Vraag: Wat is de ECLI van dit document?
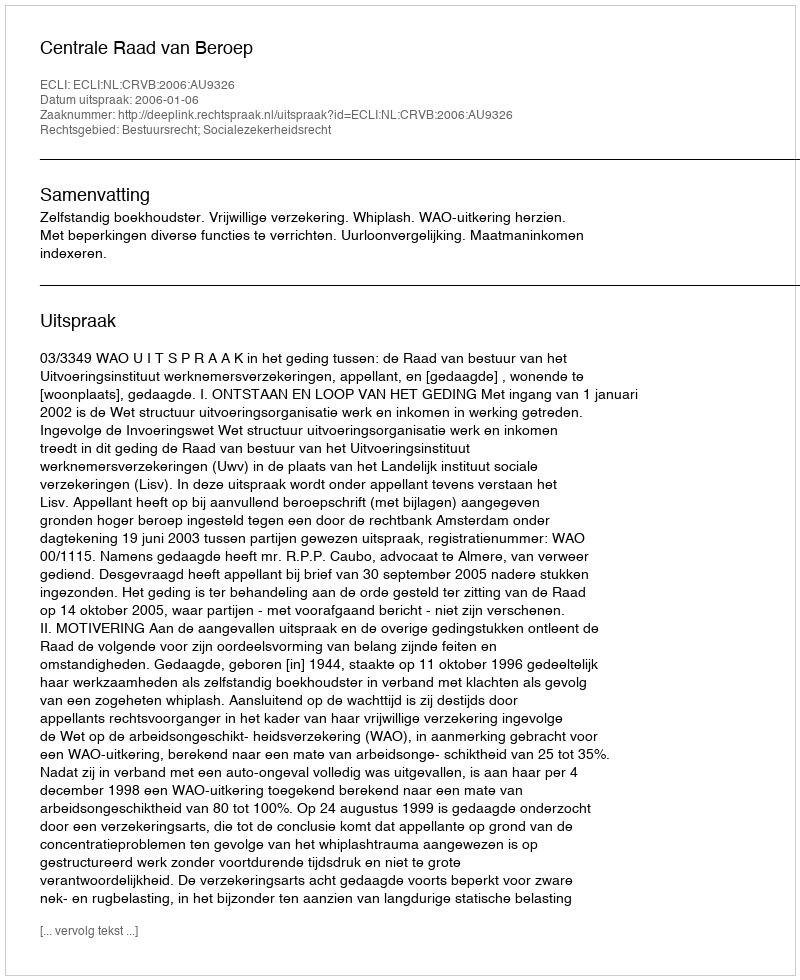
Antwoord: ECLI:NL:CRVB:2006:AU9326